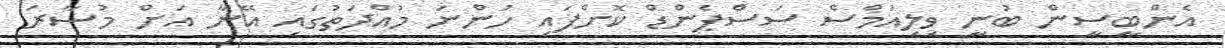
އެންބީސީން ބުނީ ވިލިއަމްސް ސަސްޕެންޑް ކޮށްފައި ހުންނަ މުއްދަތުގައި އޭނާ އަށް މުސާރަ